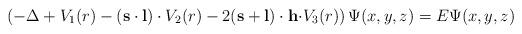
LaTeX: \begin{align*}\left( -\Delta +V_1(r)-\left( {\bf s\cdot l}\right) \cdot V_2(r)-2({\bf s+l})\cdot {\bf h\cdot }V_3(r)\right) \Psi (x,y,z)=E\Psi (x,y,z)\end{align*}